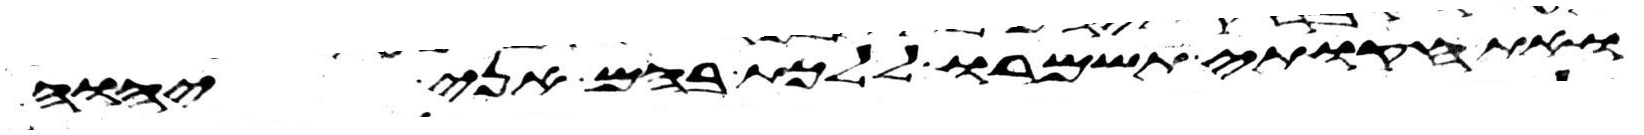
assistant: ואת חקותי תשמרו ללכת בהם אני יהוה